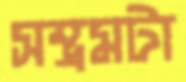
সম্ভ্রমটা